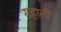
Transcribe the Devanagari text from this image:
राहाती